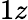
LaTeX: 1z